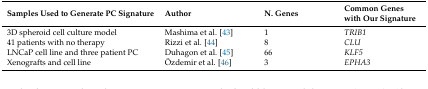
<table><thead><tr><td><b>Samples Used to Generate PC Signature</b></td><td><b>Author</b></td><td><b>N. Genes</b></td><td><b>Common Genes with Our Signature</b></td></tr></thead><tbody><tr><td>3D spheroid cell culture model</td><td>Mashima et al. [43]</td><td>1</td><td><i>TRIB1</i></td></tr><tr><td>41 patients with no therapy</td><td>Rizzi et al. [44]</td><td>8</td><td><i>CLU</i></td></tr><tr><td>LNCaP cell line and three patient PC</td><td>Duhagon et al. [45]</td><td>66</td><td><i>KLF5</i></td></tr><tr><td>Xenografts and cell line</td><td>Özdemir et al. [46]</td><td>3</td><td><i>EPHA3</i></td></tr></tbody></table>